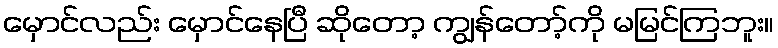
မှောင်လည်း မှောင်နေပြီ ဆိုတော့ ကျွန်တော့်ကို မမြင်ကြဘူး။